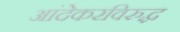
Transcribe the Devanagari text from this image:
आंदेकरविरुद्ध